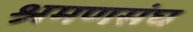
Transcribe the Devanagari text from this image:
श्रमणसंघ